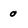
Character: 0